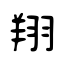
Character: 翔